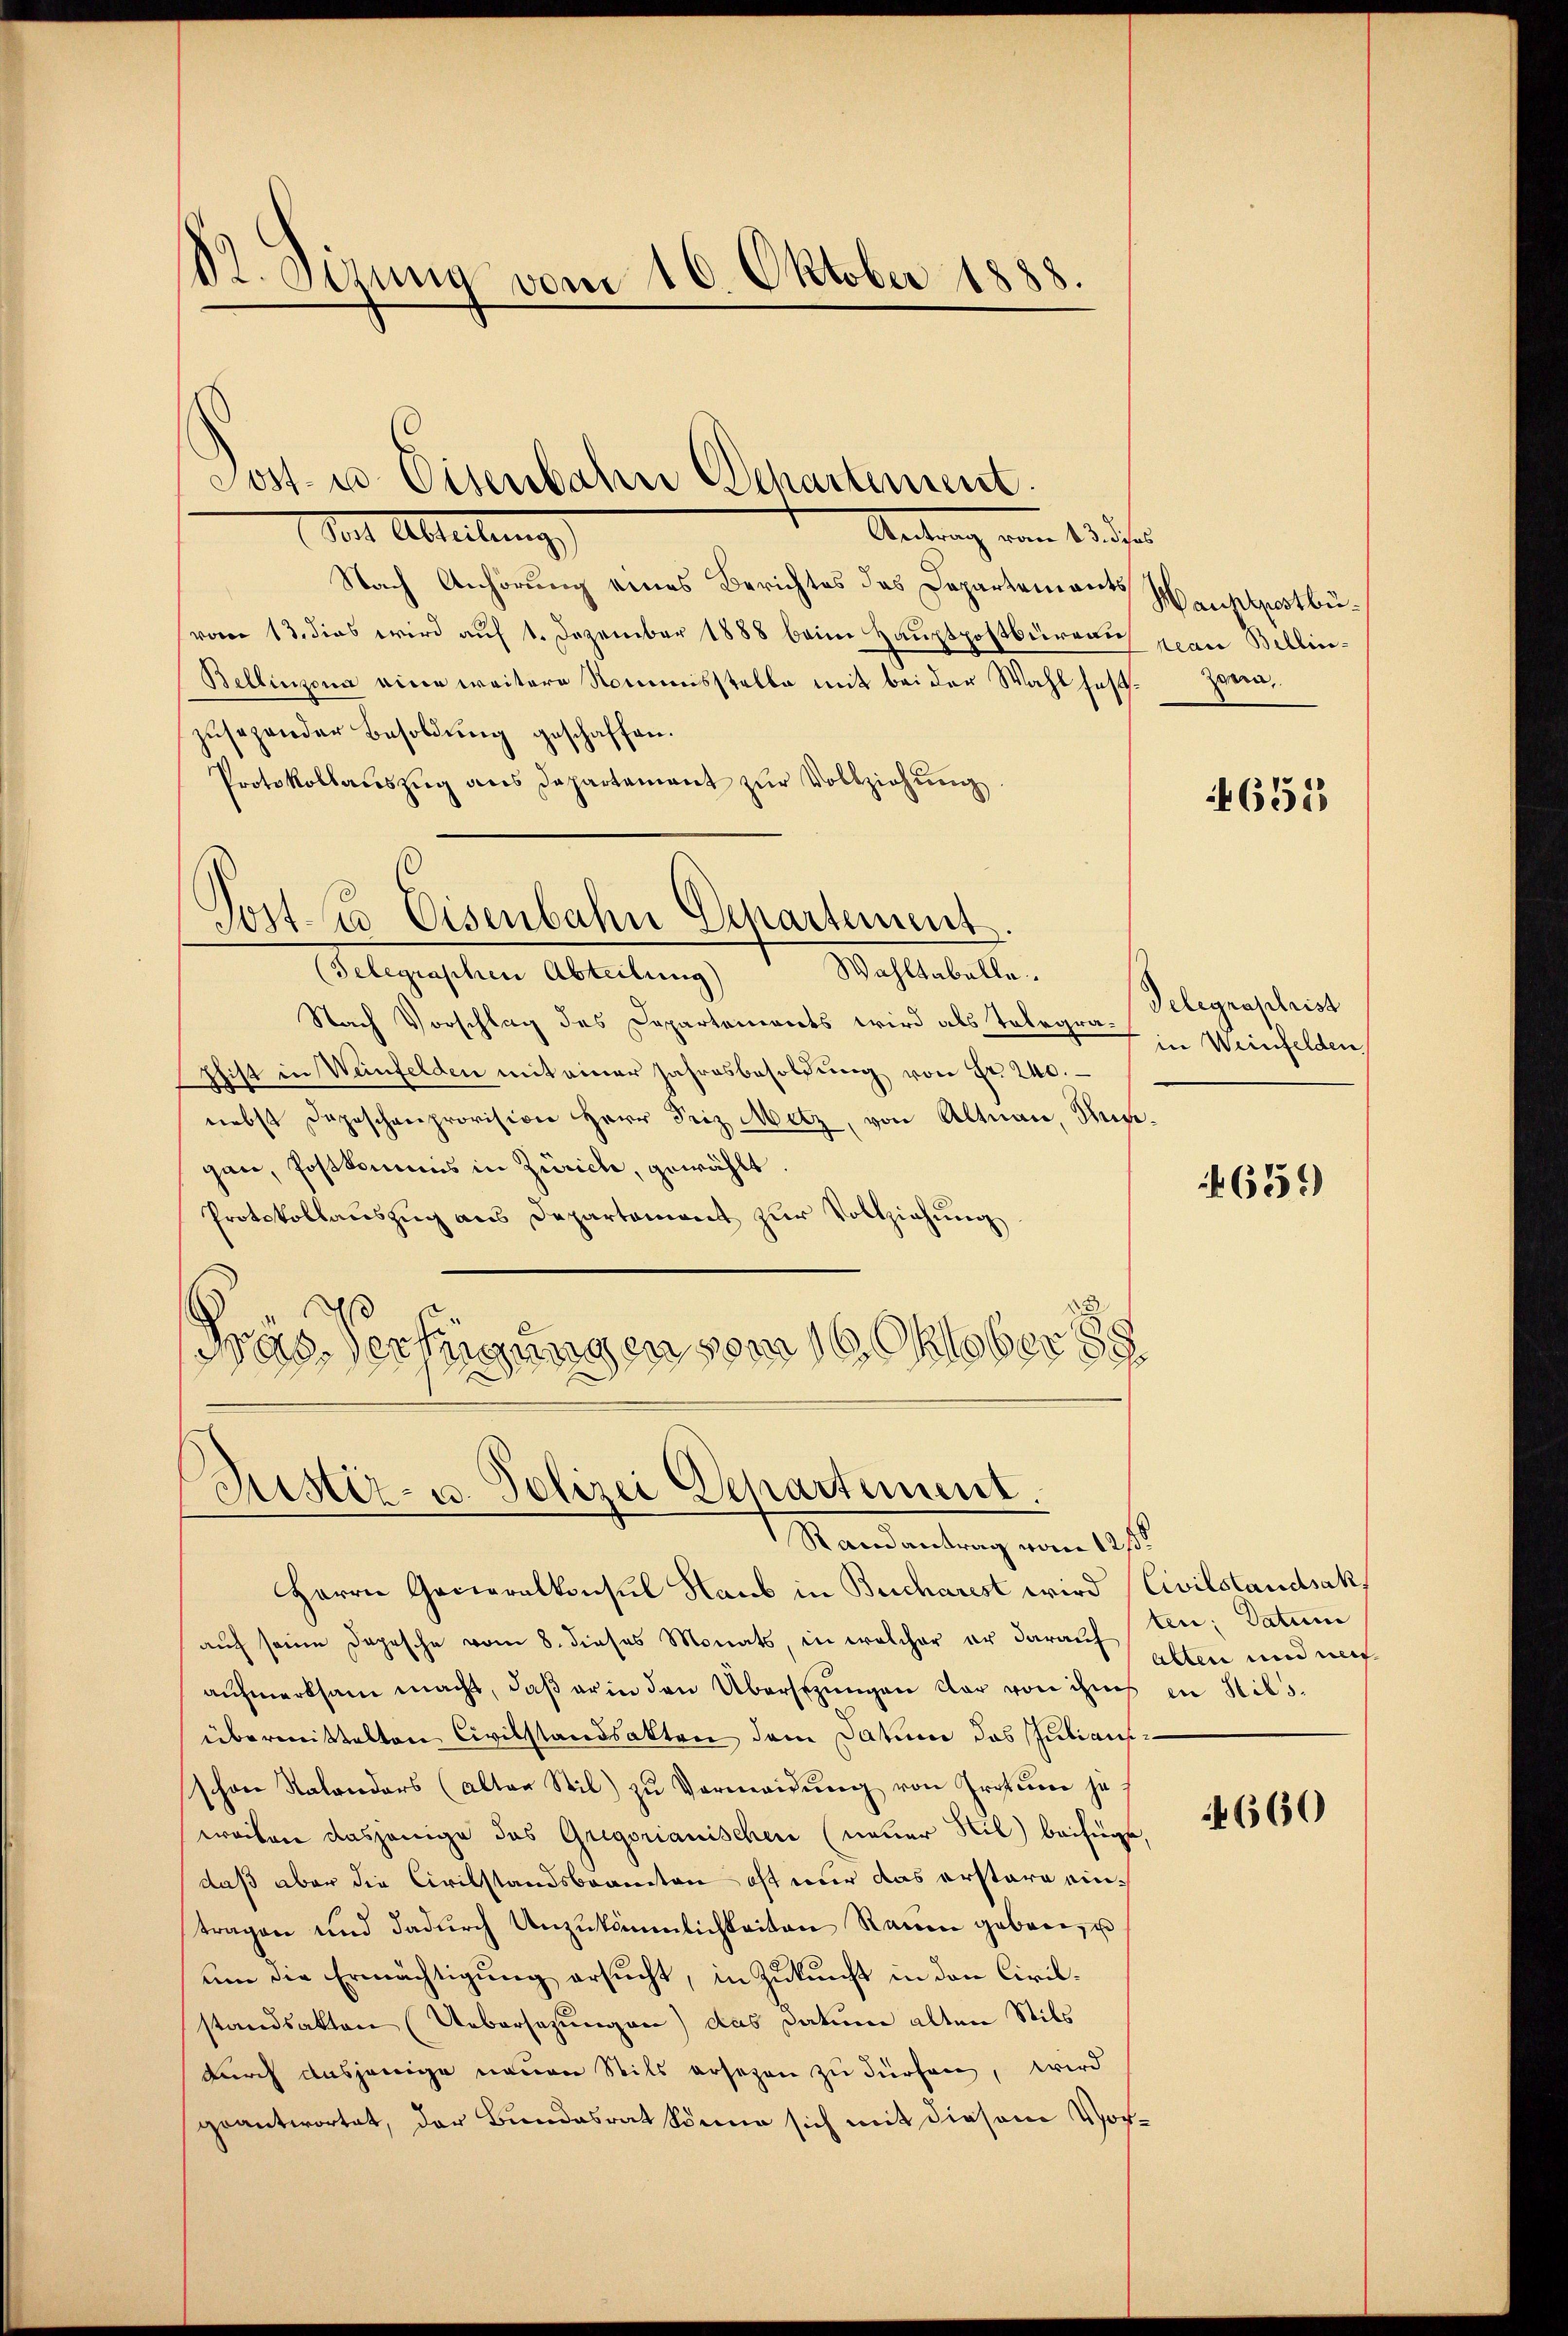
82. Dirung vom 16. Oktober 1888.

Sont Abteilung
Antrag vom 13.
Nach Anhörung eines Berichtes des Departement Hauptpostbuvom 13. dies wird auf 1. Dezember 1888 beim Hauptpostbüreau pian Bellin¬
Bellinzona eine weitere Nommisstelle mit bei der Wahl hast. Zwei
zusagender Besoldung geschaffen.
Protokollaŭszŭg ans Departement zŭr Vollziehŭng.

Post- u. Eisenbahn Departement.

c
Post- u Eisenbahn Genartement.
Wahltabelle.
(Telegraphen Abteilung)

Nach Vorschlag des Departements wird als Telegra Weinfelden
Zhist in Weinfelden mit einer Jahresbesoldŭng von Fr. 240.
nebst Depeschenprovision Herr Friz Mitz, von Altnau, Hungan, Postkommis in Zürich, gewählt
Protokollauszug aus Departement zur Vollziehung
Fras Verfügungen vom 16. Oktober 188

Justiz- u. Polizei Departement.
Randantrag vom 12ten

Herrn Generalkonsul Haub in Bucharest wird Civilstandsak,
auf seine Depesche vom 8. dieses Monats, in welcher er darauf ben; Datum
aufmerksam macht, daß er in den Übersetzungen dar von ihm in Hilsübermittelten Civilstandsakten dem Datum das Juliansschon Salonders (alter Stil zŭ Vermeidŭng von Profum je
weiten dasjenige das Gregorianischen (neuer Hil) beifüge,
daß aber die Civilstandsbrannten oft nur das erstare eintragen und dadurch Unzukömmlichkeiten Raum geben, u
um die Ermächtigung ersucht, in Zukunft in den Civilstandsakten Uebersezungen) das Datum alten Stils
durch dasjenige neuen Seits ersezen zu dürfen, wird
geantwortet, der Bundesrat könne sich mit diesem Vor¬

655

Telegraphrist

659)

alten und nach

4660